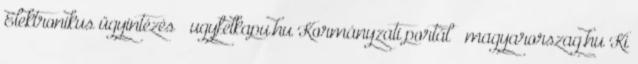
Elektronikus ügyintézés – ugyfelkapu.hu Kormányzati portál – magyarorszag.hu Ki